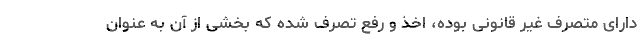
دارای متصرف غیر قانونی بوده، اخذ و رفع تصرف شده که بخشی از آن به عنوان